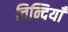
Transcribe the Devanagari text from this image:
चिन्दियाँ